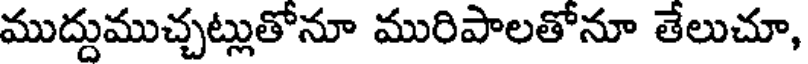
ముద్దుముచ్చట్లుతోనూ మురిపాలతోనూ తేలుచూ,